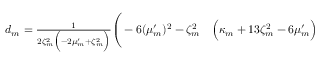
\begin{array} { r l } { d _ { m } = \frac { 1 } { 2 \zeta _ { m } ^ { 2 } \Big ( - 2 \mu _ { m } ^ { \prime } + \zeta _ { m } ^ { 2 } \Big ) } \Bigg ( - 6 ( \mu _ { m } ^ { \prime } ) ^ { 2 } - \zeta _ { m } ^ { 2 } } & { { } \Big ( \kappa _ { m } + 1 3 \zeta _ { m } ^ { 2 } - 6 \mu _ { m } ^ { \prime } \Big ) } \end{array}